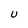
Character: U